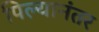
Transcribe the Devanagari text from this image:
पिल्यानंतर